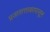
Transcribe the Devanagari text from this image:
प्रजासत्ताकापासून